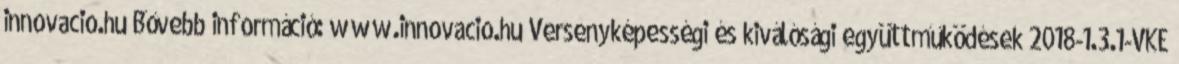
innovacio.hu Bővebb információ: www.innovacio.hu Versenyképességi és kiválósági együttműködések 2018-1.3.1-VKE